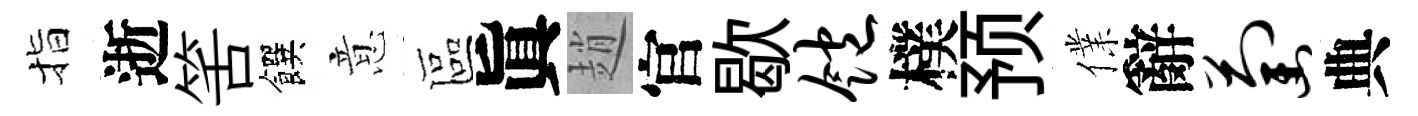
指逝筈饌意區眞趙官歇饱樸预㒒辭萄典